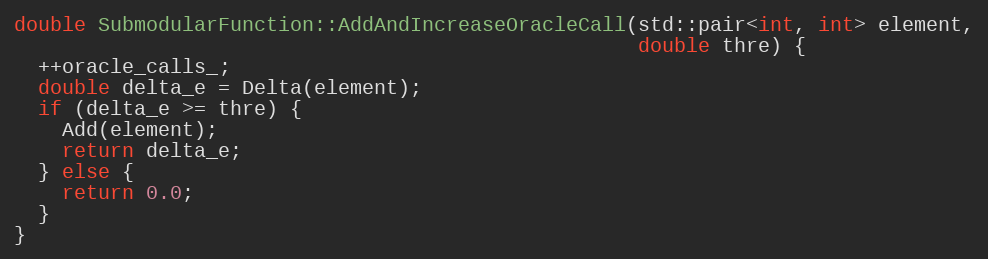
Language: C++
double SubmodularFunction::AddAndIncreaseOracleCall(std::pair<int, int> element,
                                                    double thre) {
  ++oracle_calls_;
  double delta_e = Delta(element);
  if (delta_e >= thre) {
    Add(element);
    return delta_e;
  } else {
    return 0.0;
  }
}